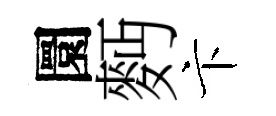
圜麪卞